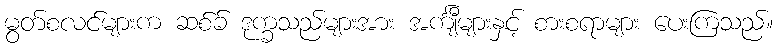
မွတ်စလင်များက ဆစ်ခ် ဒုက္ခသည်များအား အင်္ကျီများနှင့် စားစရာများ ပေးကြသည်။